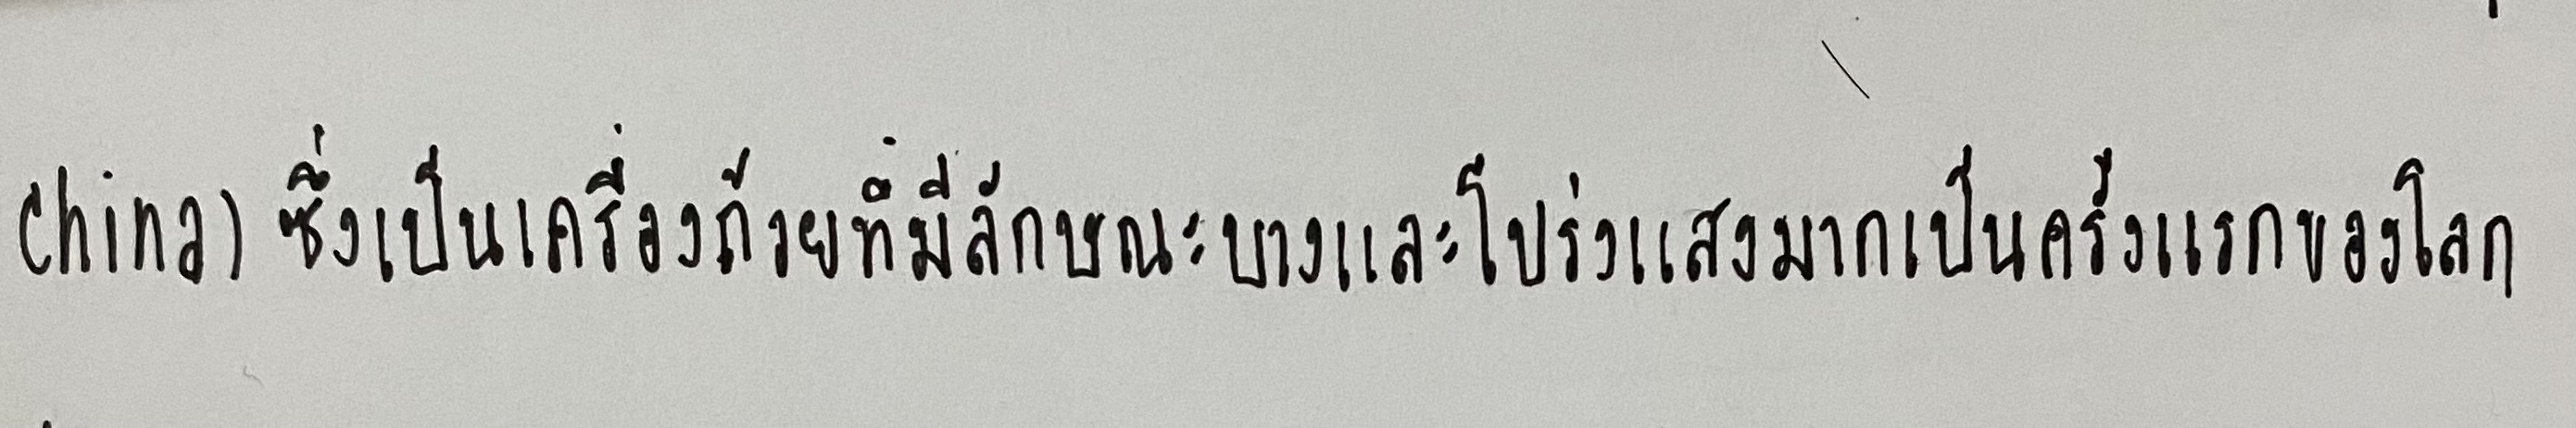
china)ซึ่งเป็นเครื่องถ้วยที่มีลักษณะบางและโปร่งแสงมากเป็นครั้งแรกของโลก